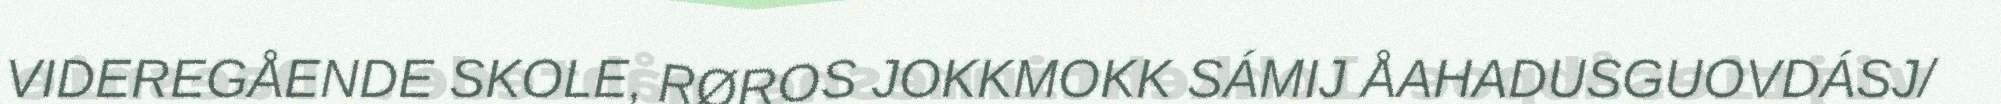
VIDEREGÅENDE SKOLE, RØROS JOKKMOKK SÁMIJ ÅAHADUSGUOVDÁSJ/